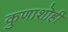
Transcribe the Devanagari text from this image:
कुणाशॊही